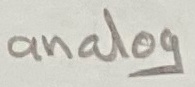
Text: analog